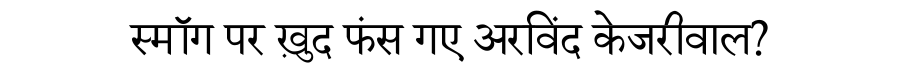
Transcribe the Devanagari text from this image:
स्मॉग पर ख़ुद फंस गए अरविंद केजरीवाल?